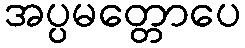
အပ္ပမတ္တောပေ